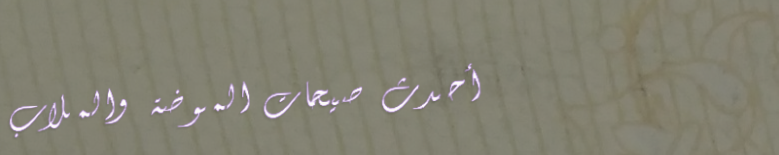
أحدث صيحات الموضة والملاب